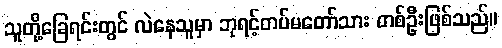
သူတို့ခြေရင်းတွင် လဲနေသူမှာ ဘုရင့်တပ်မတော်သား တစ်ဦးဖြစ်သည်။